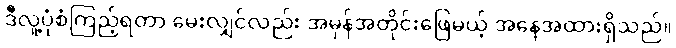
ဒီလူ့ပုံစံကြည့်ရတာ မေးလျှင်လည်း အမှန်အတိုင်းဖြေမယ့် အနေအထားရှိသည်။